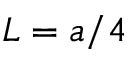
L = a / 4